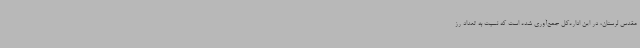
مقدس لرستان، در این اداره‌کل جمع‌آوری شده است که نسبت به تعداد رز